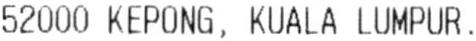
52000 KEPONG, KUALA LUMPUR.